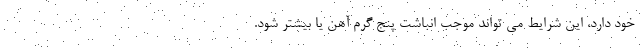
خود دارد، این شرایط می تواند موجب انباشت پنج گرم آهن یا بیشتر شود.